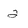
Character: 2